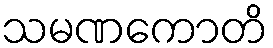
သမဏကောတိ